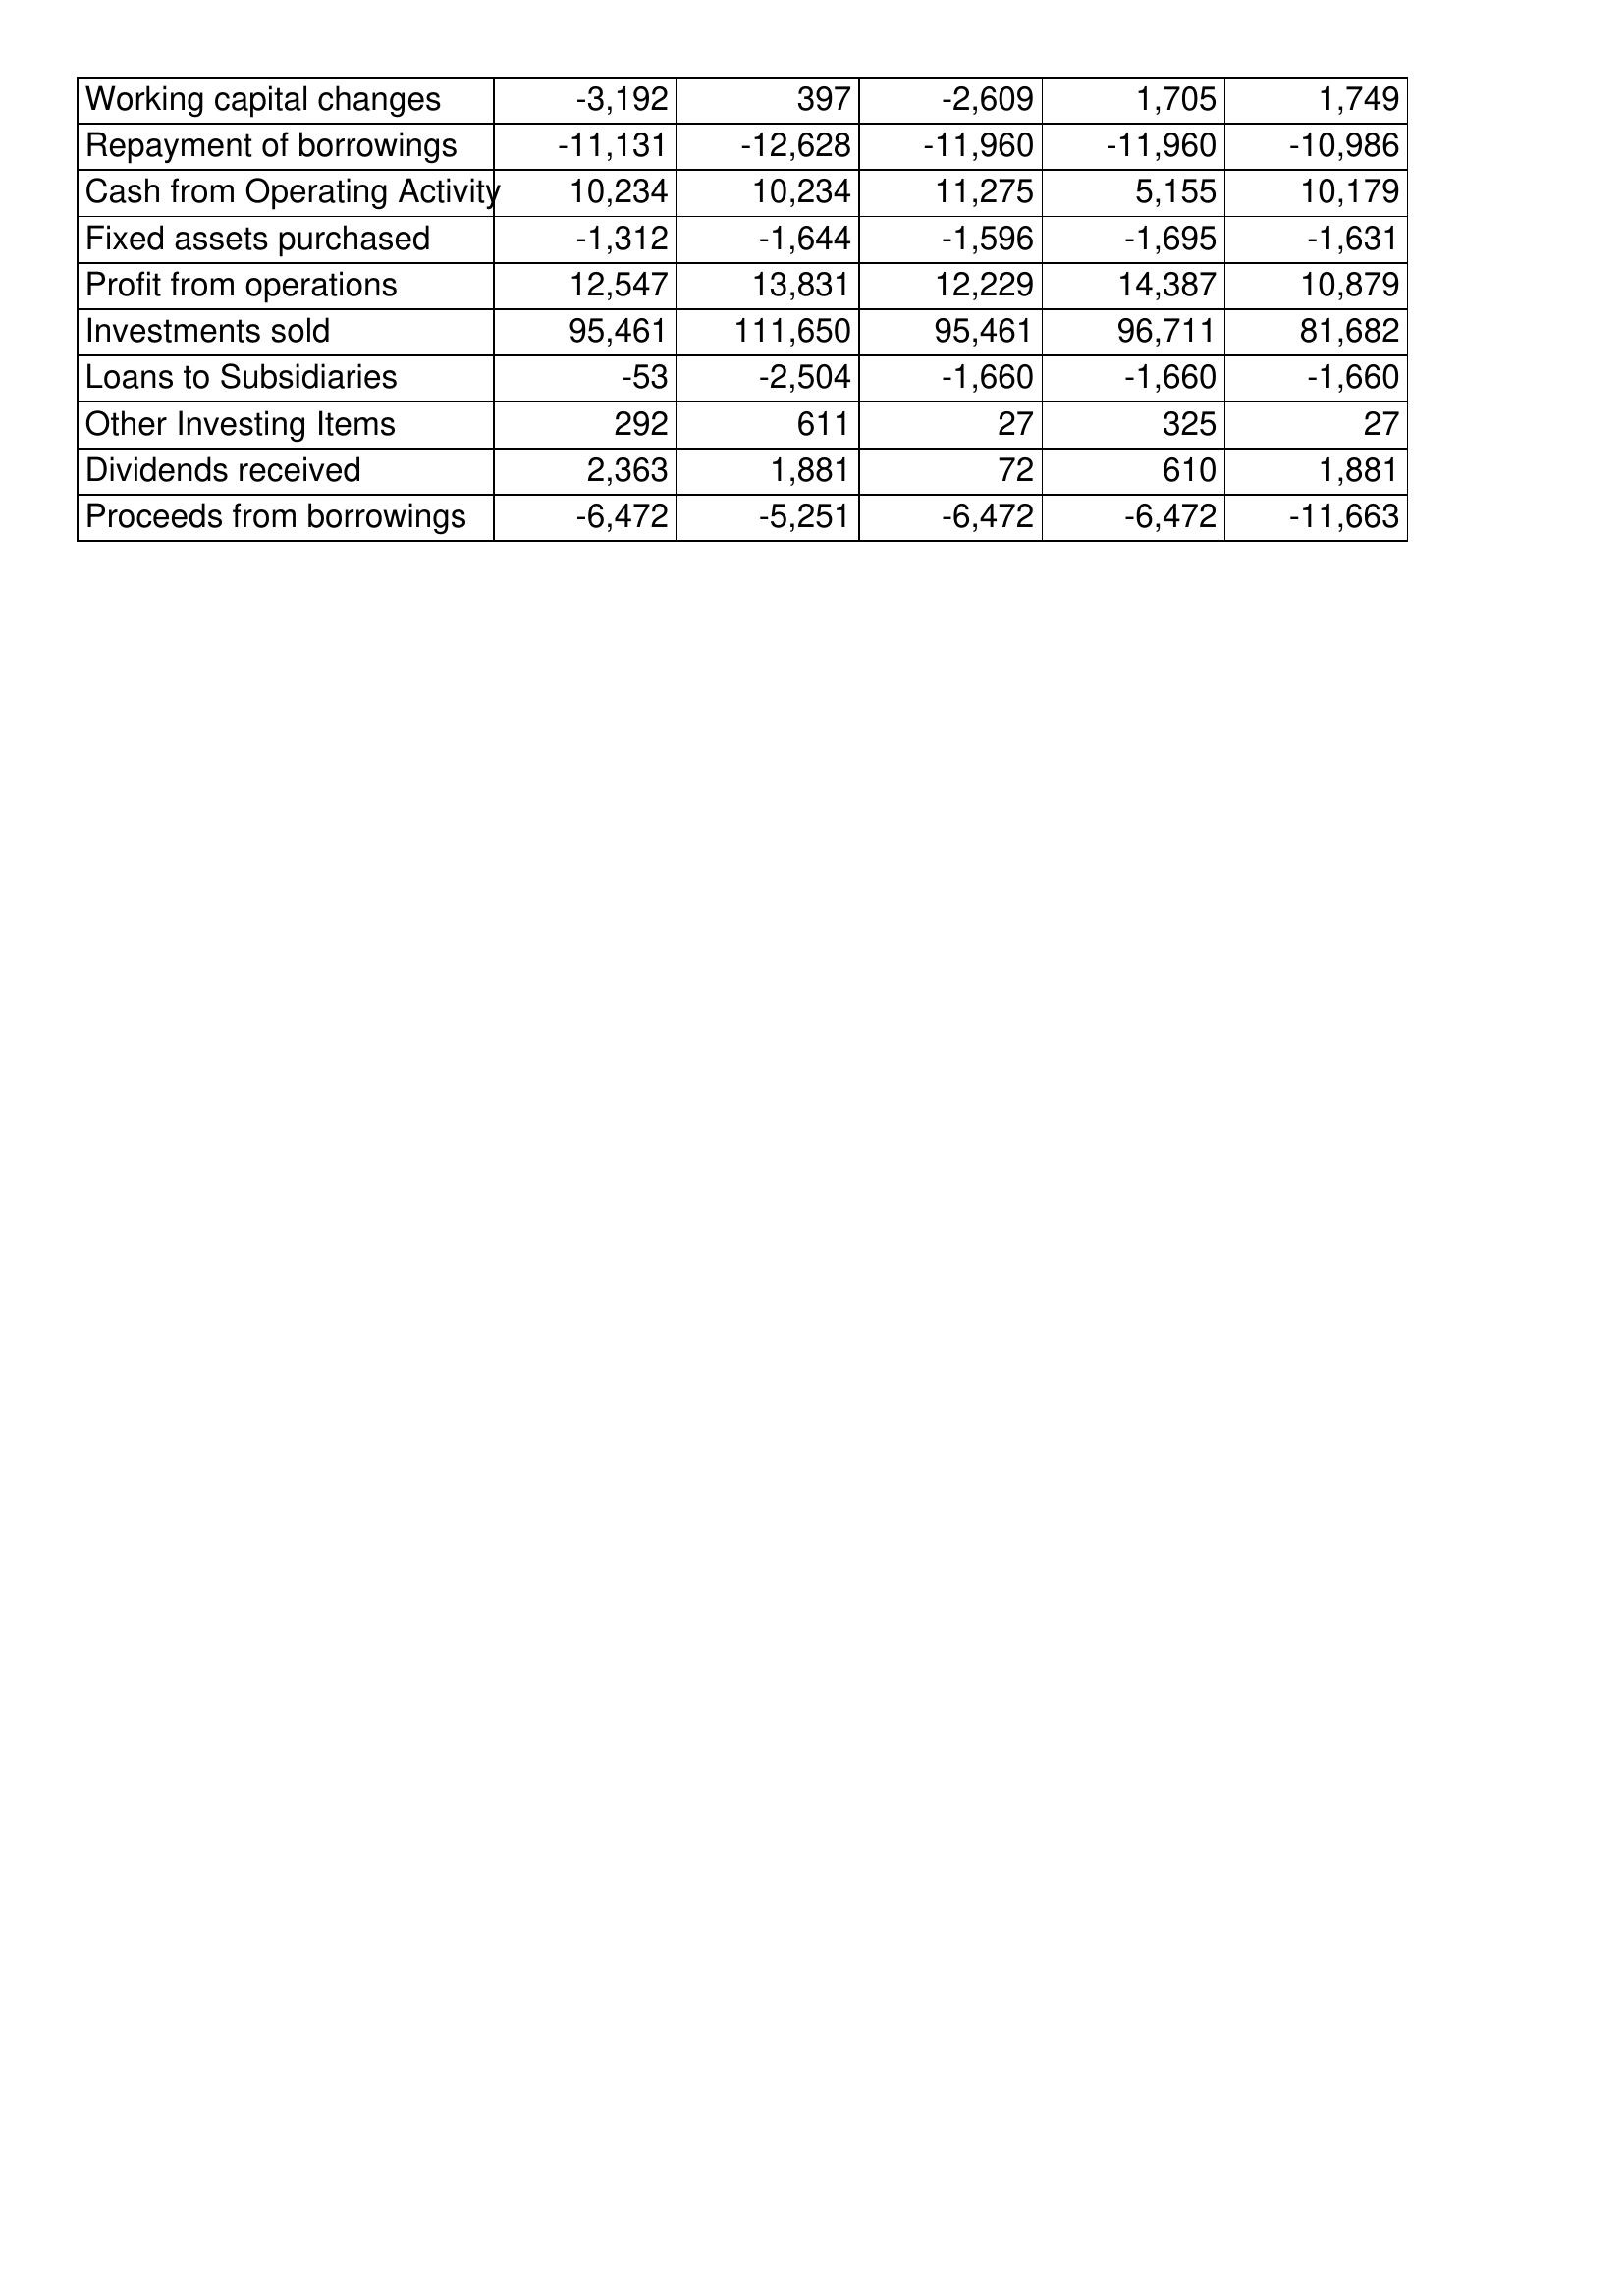
Apr-17: Cash Flows: Working capital changes: -3,192
Repayment of borrowings: -11,131
Cash from Operating Activity: 10,234
Fixed assets purchased: -1,312
Profit from operations: 12,547
Investments sold: 95,461
Loans to Subsidiaries: -53
Other Investing Items: 292
Dividends received: 2,363
Proceeds from borrowings: -6,472
Apr-16: Cash Flows: Working capital changes: 397
Repayment of borrowings: -12,628
Cash from Operating Activity: 10,234
Fixed assets purchased: -1,644
Profit from operations: 13,831
Investments sold: 111,650
Loans to Subsidiaries: -2,504
Other Investing Items: 611
Dividends received: 1,881
Proceeds from borrowings: -5,251
Apr-15: Cash Flows: Working capital changes: -2,609
Repayment of borrowings: -11,960
Cash from Operating Activity: 11,275
Fixed assets purchased: -1,596
Profit from operations: 12,229
Investments sold: 95,461
Loans to Subsidiaries: -1,660
Other Investing Items: 27
Dividends received: 72
Proceeds from borrowings: -6,472
Apr-14: Cash Flows: Working capital changes: 1,705
Repayment of borrowings: -11,960
Cash from Operating Activity: 5,155
Fixed assets purchased: -1,695
Profit from operations: 14,387
Investments sold: 96,711
Loans to Subsidiaries: -1,660
Other Investing Items: 325
Dividends received: 610
Proceeds from borrowings: -6,472
Apr-13: Cash Flows: Working capital changes: 1,749
Repayment of borrowings: -10,986
Cash from Operating Activity: 10,179
Fixed assets purchased: -1,631
Profit from operations: 10,879
Investments sold: 81,682
Loans to Subsidiaries: -1,660
Other Investing Items: 27
Dividends received: 1,881
Proceeds from borrowings: -11,663